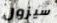
سيزول